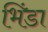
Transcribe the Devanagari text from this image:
भिंडा